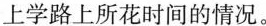
上学路上所花时间的情况。